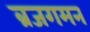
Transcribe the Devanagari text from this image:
ब्रजगमन